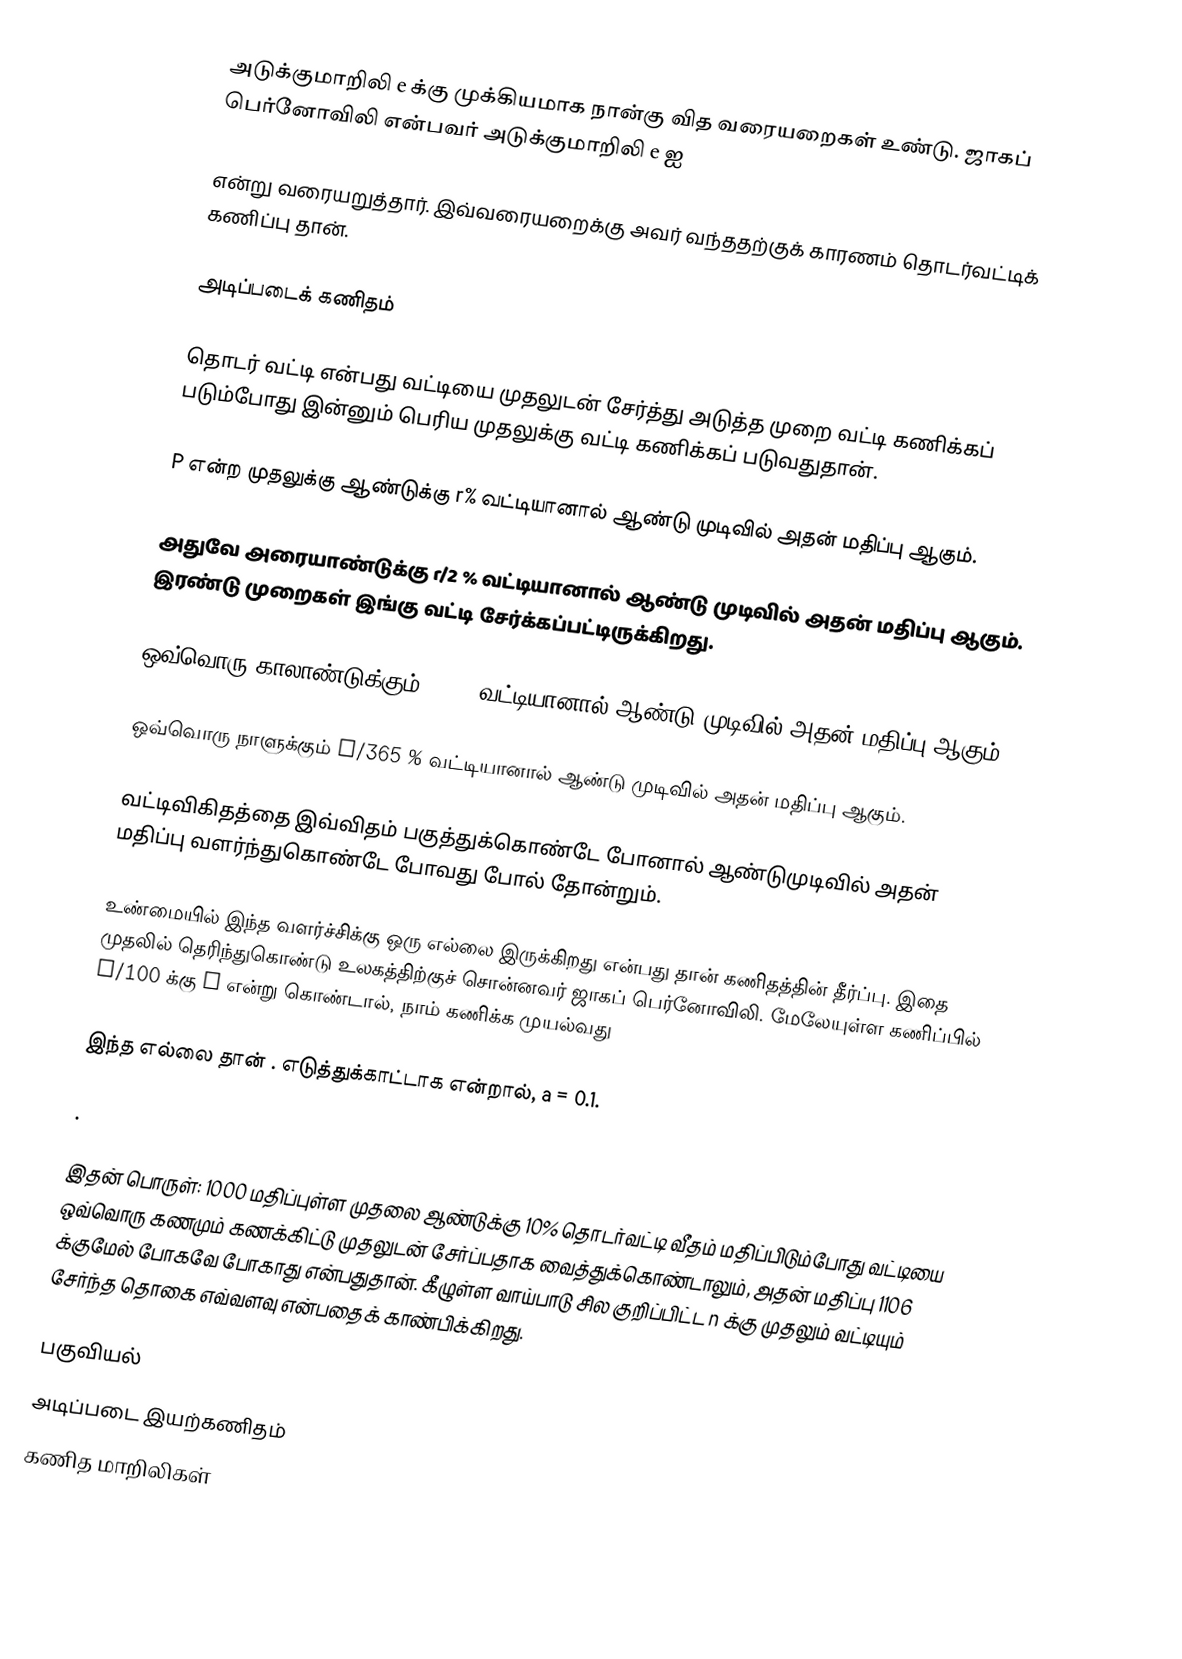
அடுக்குமாறிலி e க்கு முக்கியமாக நான்கு வித வரையறைகள் உண்டு. ஜாகப் பெர்னோவிலி என்பவர் அடுக்குமாறிலி e ஐ

என்று வரையறுத்தார். இவ்வரையறைக்கு அவர் வந்ததற்குக் காரணம் தொடர்வட்டிக் கணிப்பு தான்.

அடிப்படைக் கணிதம்

தொடர் வட்டி என்பது வட்டியை முதலுடன் சேர்த்து அடுத்த முறை வட்டி கணிக்கப் படும்போது இன்னும் பெரிய முதலுக்கு வட்டி கணிக்கப் படுவதுதான்.

P என்ற முதலுக்கு  ஆண்டுக்கு r%  வட்டியானால் ஆண்டு முடிவில் அதன் மதிப்பு  ஆகும்.

அதுவே அரையாண்டுக்கு r/2  %  வட்டியானால்   ஆண்டு முடிவில் அதன் மதிப்பு   ஆகும். இரண்டு முறைகள் இங்கு வட்டி சேர்க்கப்பட்டிருக்கிறது.

ஒவ்வொரு காலாண்டுக்கும் r/4 % வட்டியானால்   ஆண்டு முடிவில் அதன் மதிப்பு  ஆகும்.

ஒவ்வொரு நாளுக்கும் r/365 % வட்டியானால்   ஆண்டு முடிவில் அதன் மதிப்பு  ஆகும்.

வட்டிவிகிதத்தை இவ்விதம் பகுத்துக்கொண்டே போனால் ஆண்டுமுடிவில் அதன்  மதிப்பு வளர்ந்துகொண்டே போவது போல் தோன்றும்.

உண்மையில் இந்த வளர்ச்சிக்கு ஒரு எல்லை இருக்கிறது என்பது தான் கணிதத்தின் தீர்ப்பு. இதை முதலில் தெரிந்துகொண்டு உலகத்திற்குச் சொன்னவர் ஜாகப் பெர்னோவிலி. மேலேயுள்ள கணிப்பில்  r/100 க்கு  a  என்று கொண்டால், நாம் கணிக்க முயல்வது

இந்த  எல்லை தான்  .  எடுத்துக்காட்டாக   என்றால்,  a = 0.1.

.

இதன் பொருள்: 1000 மதிப்புள்ள முதலை ஆண்டுக்கு 10% தொடர்வட்டி வீதம் மதிப்பிடும்போது வட்டியை ஒவ்வொரு கணமும் கணக்கிட்டு முதலுடன் சேர்ப்பதாக வைத்துக்கொண்டாலும்,  அதன் மதிப்பு 1106 க்குமேல் போகவே போகாது என்பதுதான். கீழுள்ள வாய்பாடு சில குறிப்பிட்ட n க்கு முதலும் வட்டியும் சேர்ந்த தொகை எவ்வளவு என்பதைக் காண்பிக்கிறது.

பகுவியல்
அடிப்படை இயற்கணிதம்
கணித மாறிலிகள்